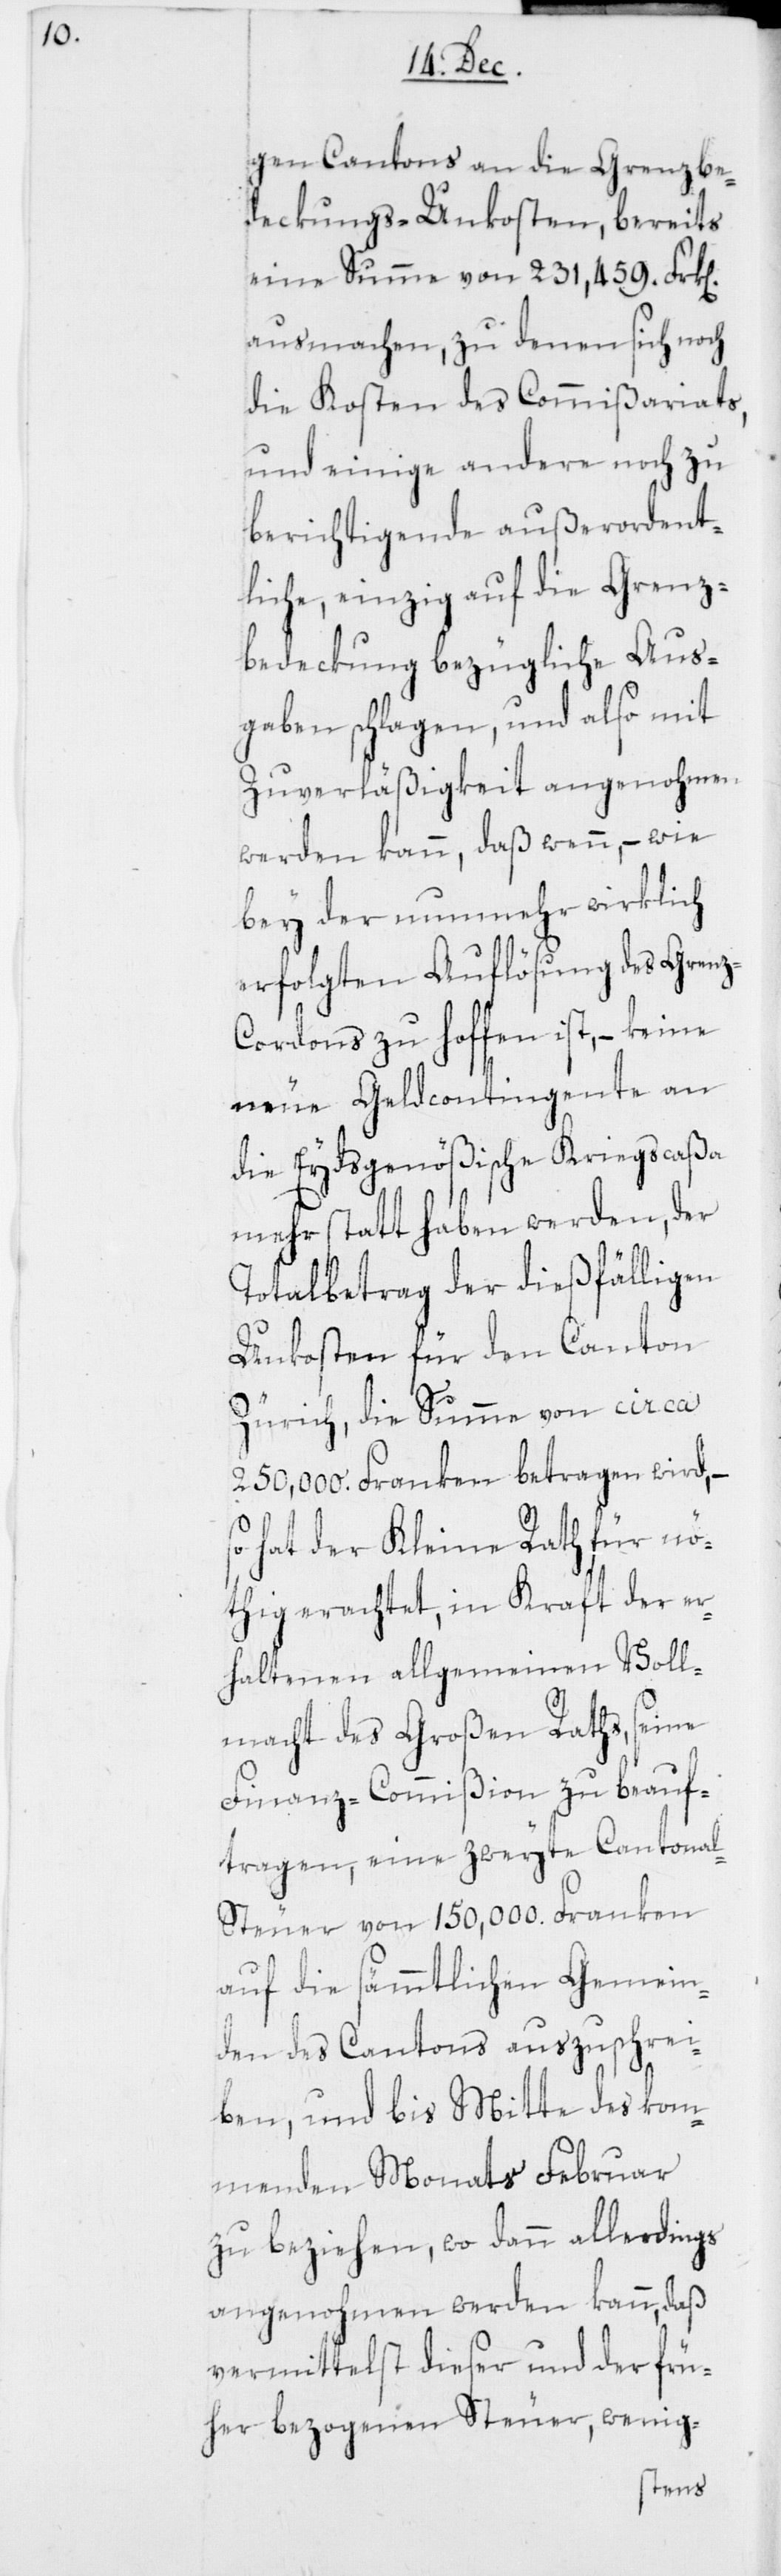
n].

gen Cantons an die Grenzbe¬
deckungs-Unkosten, bereits
eine Summe von 231,459. Frk[e¬
ausmachen, zu denen sich noch
die Kosten des Commißariats,
und einige andere noch zu
berichtigende außerordent¬
liche, einzig auf die Grenz¬
bedeckung bezügliche Aus¬
gaben schlagen, und also mit
Zuverläßigkeit angenohmen
werden kann, daß wenn, – wie
bey der nunmehr wirklich
erfolgten Auflösung des Grenz-C¬
ordons zu hoffen ist, – keine
neue Geldcontingente an
die Eydsgenößische Kriegscaßa
mehr statt haben werden, der
Totalbetrag der dießfälligen
Unkosten für den Canton
Zürich, die Summe von circa
250,000. Franken betragen wird, –
hat der Kleine Rath für nö¬
thig erachtet, in Kraft der er¬
haltenen allgemeinen Voll¬
macht des Großen Raths, seine
Finanz-Commißion zu beauf¬
tragen, eine zweyte Cantona¬
l-Steuer von 150,000. Franken
auf die sämmtlichen Gemein¬
den des Cantons auszuschrei¬
ben, und bis Mitte des kom¬
menden Monats Februar
zu beziehen, wo dann allerdings
angenohmen werden kann, daß
vermittelst dieser und der frü¬
her bezogenen Steuer, wenig-